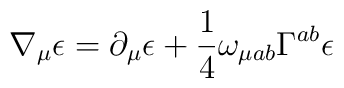
\nabla_\mu \epsilon =\partial_\mu \epsilon +\frac{1}{4} \omega_{\mu ab}\Gamma^{ab}\epsilon